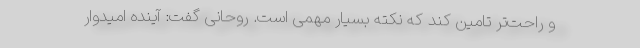
و راحت‌تر تامین کند که نکته بسیار مهمی است. روحانی گفت: آینده امیدوار